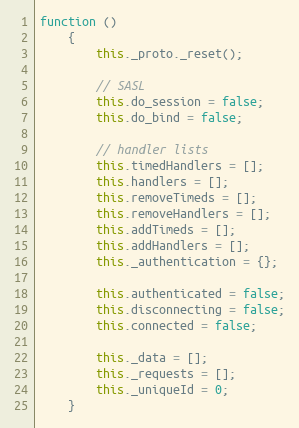
Language: JavaScript
function ()
    {
        this._proto._reset();

        // SASL
        this.do_session = false;
        this.do_bind = false;

        // handler lists
        this.timedHandlers = [];
        this.handlers = [];
        this.removeTimeds = [];
        this.removeHandlers = [];
        this.addTimeds = [];
        this.addHandlers = [];
        this._authentication = {};

        this.authenticated = false;
        this.disconnecting = false;
        this.connected = false;

        this._data = [];
        this._requests = [];
        this._uniqueId = 0;
    }